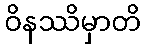
ဝိနဿိမှာတိ